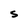
Character: S